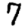
Digit: 7